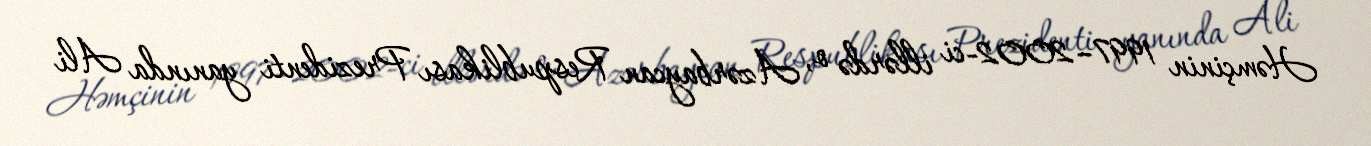
Həmçinin 1997–2002-ci illərdə o, Azərbaycan Respublikası Prezidenti yanında Ali